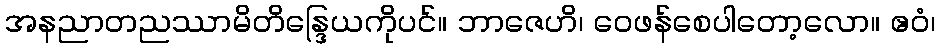
အနညာတညဿာမိတိန္ဒြေယကိုပင်။ ဘာဇေဟိ၊ ဝေဖန်စေပါတော့လော။ ဧဝံ၊